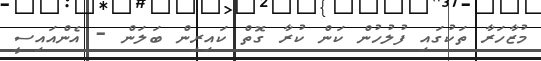
މުޒާހަރާ ތަކުގައި ފުލުހުން ކަން ކުރާ ގޮތް ކައިރިން ބަލަން - އެންއައިސީ